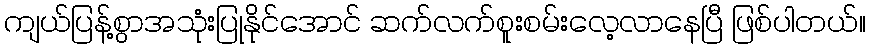
ကျယ်ပြန့်စွာအသုံးပြုနိုင်အောင် ဆက်လက်စူးစမ်းလေ့လာနေပြီ ဖြစ်ပါတယ်။